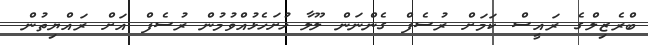
ބްރެޒިލްގެ ރައީސް ކަމަށް ރުސެފް ގެންނަން ލޫލާ ހުށަހެޅުއްވުމުން ރުސެފް އަށް ރައްޔިތުން